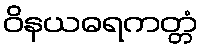
ဝိနယဓရကတ္တံ